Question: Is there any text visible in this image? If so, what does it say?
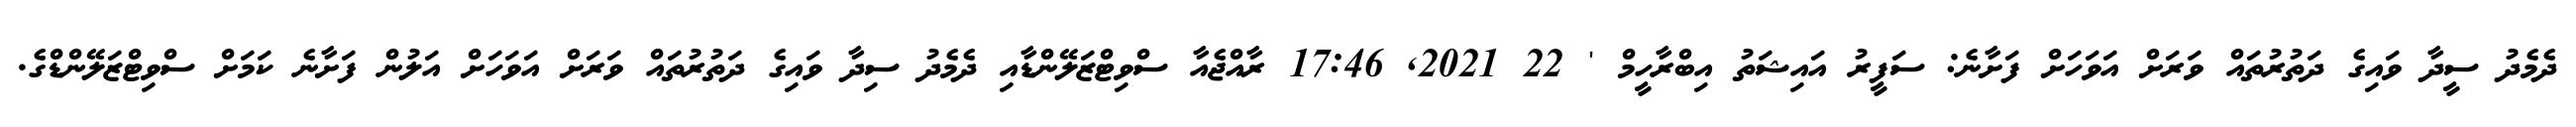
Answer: ދެމެދު ސީދާ ވައިގެ ދަތުރުތައް ވަރަށް އަވަހަށް ފަށާނެ: ސަފީރު އައިޝަތު އިބްރާހީމް ' 22 2021, 17:46 ރާއްޖެއާ ސްވިޓްޒަލޭންޑާއި ދެމެދު ސިދާ ވައިގެ ދަތުރުތައް ވަރަށް އަވަހަށް އަލުން ފަށާނެ ކަމަށް ސްވިޓްޒަލޭންޑްގެ.